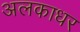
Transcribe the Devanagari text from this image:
अलकाधर